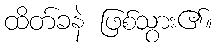
ထိတ်ခနဲ ဖြစ်သွား၏။